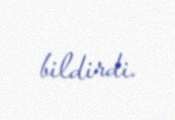
bildirdi.